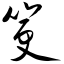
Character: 筻